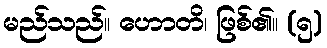
မည်သည်။ ဟောတိ၊ ဖြစ်၏။ (၅)